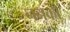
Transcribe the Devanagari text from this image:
ननकी